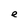
Character: e